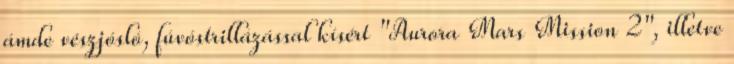
ámde vészjósló, fúvóstrillázással kísért "Aurora Mars Mission 2", illetve